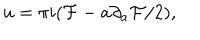
u = \pi i ( { \cal F } - a \partial _ { a } { \cal F } / 2 ) ,